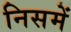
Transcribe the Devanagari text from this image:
निसमें